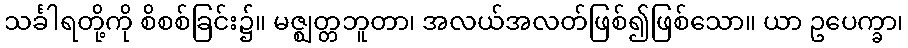
သင်္ခါရတို့ကို စိစစ်ခြင်း၌။ မဇ္ဈတ္တဘူတာ၊ အလယ်အလတ်ဖြစ်၍ဖြစ်သော။ ယာ ဥပေက္ခာ၊